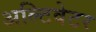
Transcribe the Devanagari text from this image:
अल्टिवेटर